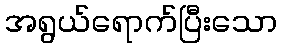
အရွယ်ရောက်ပြီးသော